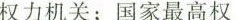
权力机关；国家最高权